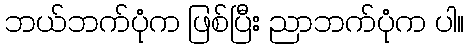
ဘယ်ဘက်ပုံက ဖြစ်ပြီး ညာဘက်ပုံက ပါ။